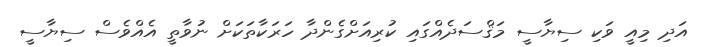
އަދި މިއީ ވަކި ސިޔާސީ މަޤްސަދެއްގައި ކުރިއަށްގެންދާ ހަރަކާތަކަށް ނުވާތީ އެއްވެސް ސިޔާސީ